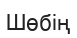
Шөбің